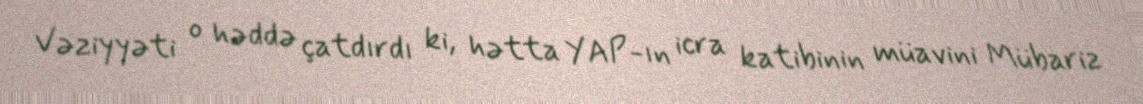
Vəziyyəti o həddə çatdırdı ki, hətta YAP-ın icra katibinin müavini Mübariz